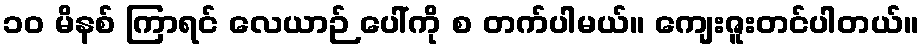
၁၀ မိနစ် ကြာရင် လေယာဉ် ပေါ်ကို စ တက်ပါမယ်။ ကျေးဇူးတင်ပါတယ်။